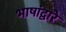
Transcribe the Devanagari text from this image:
भाषांद्वारे